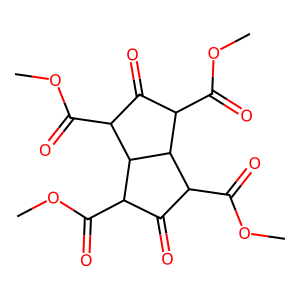
SMILES: COC(=O)C1C(=O)C(C(=O)OC)C2C(C(=O)OC)C(=O)C(C(=O)OC)C12
Inhibits HIV replication: Yes